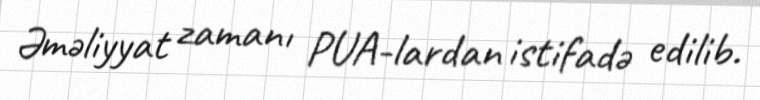
Əməliyyat zamanı PUA-lardan istifadə edilib.